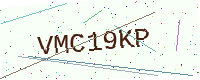
Text: VMC19KP